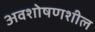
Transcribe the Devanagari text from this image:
अवशोषणशील